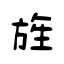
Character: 旌